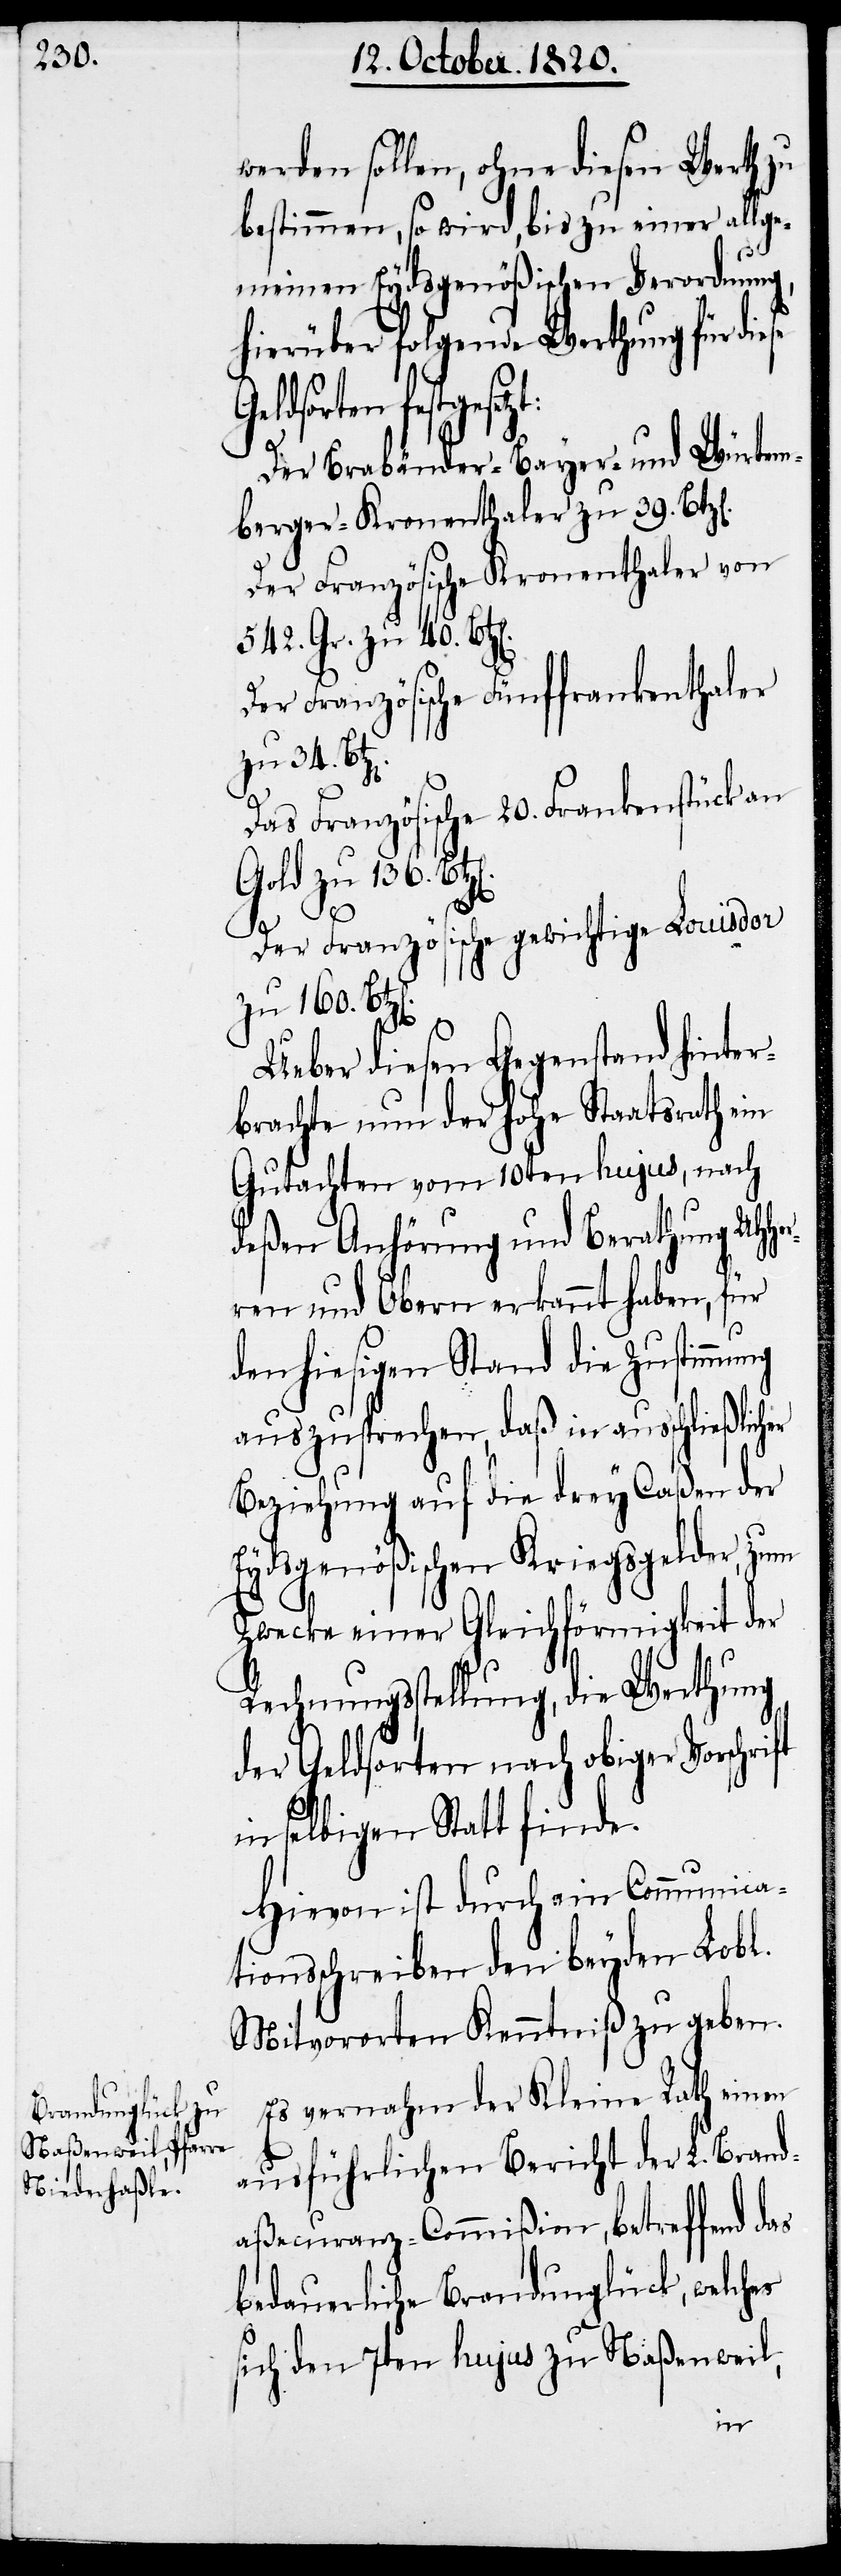
werden sollen, ohne diesen Werth zu
bestimmen, so wird, bis zu einer allge¬
meinen Eydsgenößischen Verordnung,
hierüber folgende Werthung für diese
Geldsorten festgesetz¬
Der Brabänder-Bayer- und Würtem¬
berger-Kronenthaler von 642. Gr.
Der Französische Kronenthaler von
542. Gr. zu 40.
Der Französische Fünffrankenthaler
zu 34.
Das Französische 20. Frankenstück an
Gold zu 136.
Ueber diesen Gegenstand hinter¬
brachte nun der hohe Staatsrath ein
Gutachten vom 10ten hujus, nach
deßen Anhörung und Berathung UHH¬
ren und Obern erkannt haben, für
den hiesigen Stand die Zustimmung
auszusprechen, daß in ausschließlicher
Beziehung auf die drey Caßen der
Eydsgenößischen Kriegsgelder, zum
Zwecke einer Gleichförmigkeit der
Rechnungsstellung, die Werthung
der Geldsorten nach obiger Vorschri¬
in selbigen Statt finde.
Hievon ist durch ein Communica¬
tionsschreiben den beyden Lobl.
Mitvororten Kenntniß zu geben.
Es vernehmen der Kleine Rath einen
ausführlichen Bericht der L. Brand¬
aßecuranz-Commißion, betreffend
bedauerliche Brandunglück, welches
sich den 7ten hujus zur Naßenweil,
ft